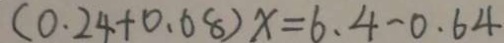
( 0 . 2 4 + 0 . 6 8 ) x = 6 . 4 - 0 . 6 4